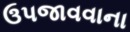
ઉપજાવવાના